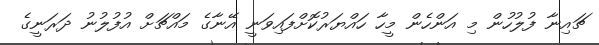
ޗައިނާ ފުލުހުން މި އަންހެން މީހާ ހައްޔަރުކޮށްފައިވަނީ އޭނާގެ މައްޗަށް އުފުލުނު ދަރަނީގެ